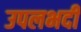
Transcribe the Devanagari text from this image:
उपलभदी